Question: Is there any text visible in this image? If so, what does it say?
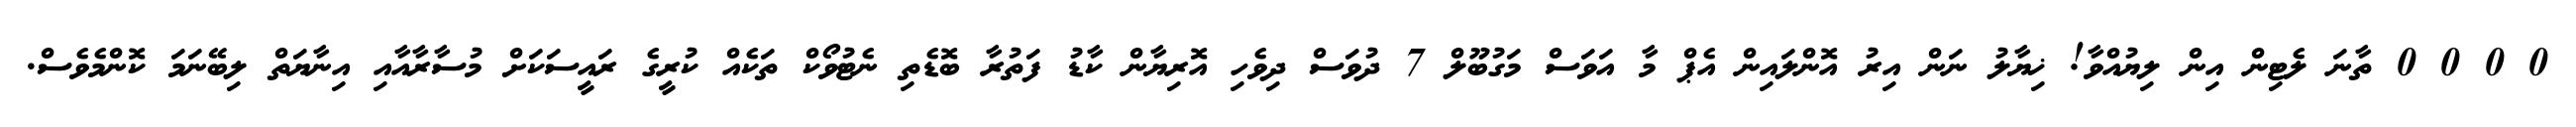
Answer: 0 0 0 0 ތާނަ ލެޓިން އިން ލިޔުއްވާ! ޚިޔާލު ނަން އިރު އޮންލައިން އެޕް މާ އަވަސް މަގުބޫލް 7 ދުވަސް ދިވެހި އޮރިޔާން ކާޑު ފަތުރާ ބޮޑެތި ނެޓުވޯކް ތަކެއް ކުރީގެ ރައީސަކަށް މުސާރާއާއި އިނާޔަތް ލިބޭނަމަ ކޮންމެވެސް.